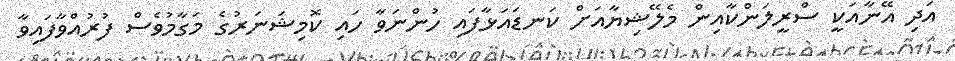
އަދި އޭނާއަކީ ސްރީލަންކާއިން މެލޭޝިޔާއަށް ކަނޑައަޅާފައި ހުންނަވާ ހައި ކޮމިޝަނަރުގެ މަގާމުވެސް ފުރުއްވާފައިވާ